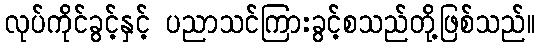
လုပ်ကိုင်ခွင့်နှင့် ပညာသင်ကြားခွင့်စသည်တို့ဖြစ်သည်။